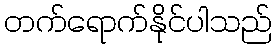
တက်ရောက်နိုင်ပါသည်